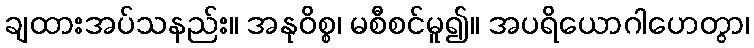
ချထားအပ်သနည်း။ အနုဝိစ္စ၊ မစီစင်မူ၍။ အပရိယောဂါဟေတွာ၊